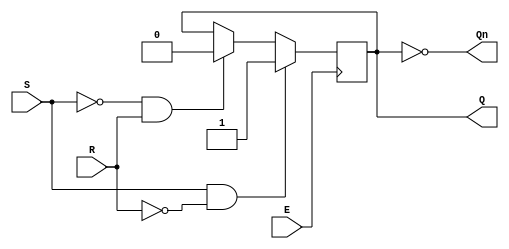
module GatedSRLatch (
    input wire S,      // Set input
    input wire R,      // Reset input
    input wire E,      // Enable input
    output reg Q,      // Output Q
    output wire Qn     // Output Q' (not Q)
);

    assign Qn = ~Q; // Q' is the inverse of Q

    // Always block to implement the latch behavior
    always @ (posedge E) begin
        if (S && !R) begin
            Q <= 1'b1; // Set Q to 1
        end else if (!S && R) begin
            Q <= 1'b0; // Reset Q to 0
        end
        // If both S and R are 0, Q retains its previous state
    end

    // Optional: Initialization block (if needed)
    initial begin
        Q = 1'b0; // Initialize Q to 0
    end

endmodule